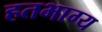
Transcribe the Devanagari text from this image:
हतभाग्य